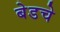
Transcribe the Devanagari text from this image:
बेडचे